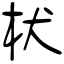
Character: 枤